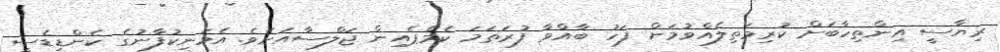
ރިޔާސީ އިންތިހާބަށް ކުރިމަތިލެއްވުމަށް ފަހު ބާއްވާ ފުރަތަމަ ކެމްޕެއިން ޖަލްސާއަށެވެ. އެމަނިކުފާނުގެ ކެންޑިޑެސީ